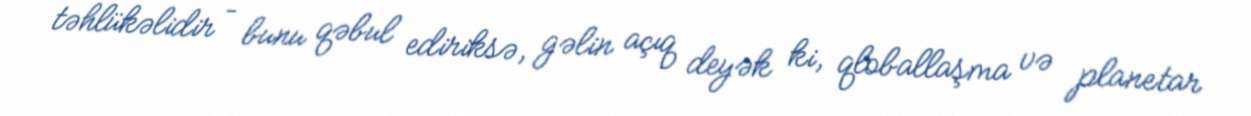
təhlükəlidir – bunu qəbul ediriksə, gəlin açıq deyək ki, qloballaşma və planetar